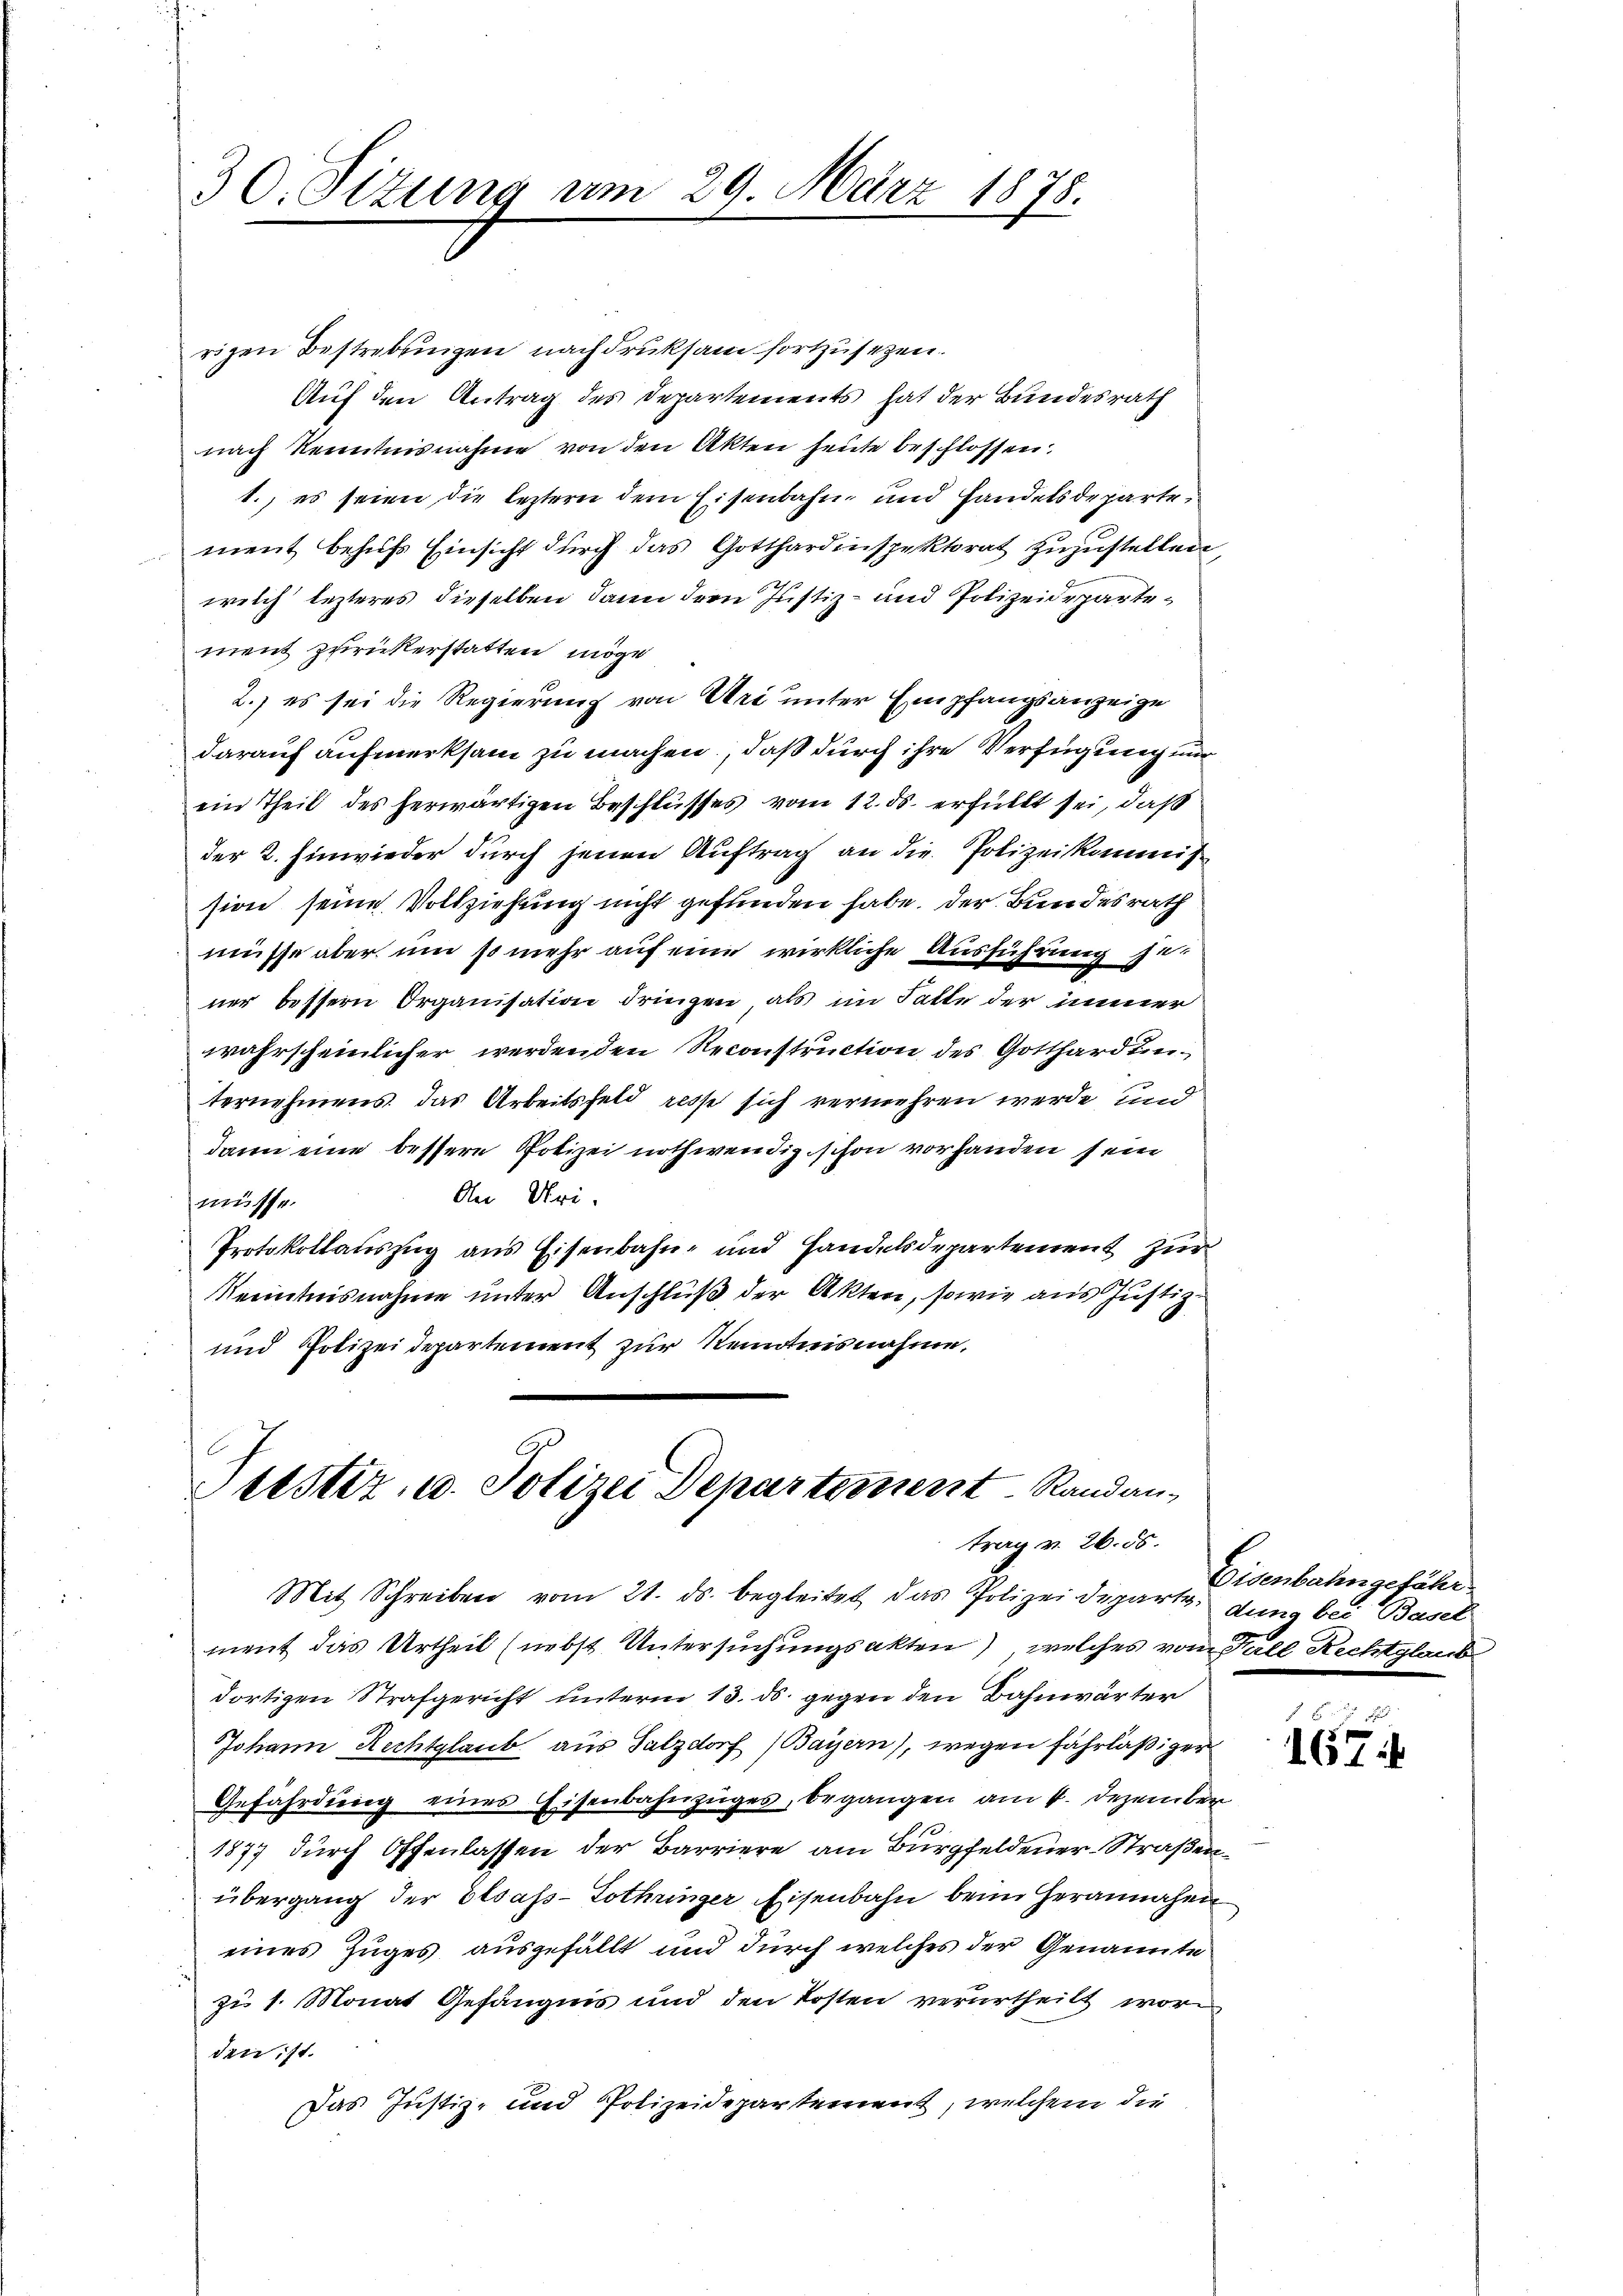
30. Sizung am 29. März 1878.

rigen Bestrebungen nachdruksam fortzusetzen.
Auf den Antrag des Departements hat der Bundesrath
nach Kenntnisnahme von den Akten heute beschlossen:
1., es seien die leztern dem Eisenbahn und Handelsdepartement behŭfs Einsicht dŭrch das Gotthardinspektorat zŭzŭstellen,
welch lezteres dieselben dann drei Justiz- und Polizeidepartement zurückerstatten möge
2.) es sei die Regierung von Uri unter Empfangsanzeige
darauf aufmerksam zu machen, daß durch ihre Verfügung nur
ein Theil des herwärtigen Beschlusses vom 12. ds. erfüllt sei, daß
der 2. Einwieder durch jenen Auftrag an die Polizeikommis
sion seine Vollziehung nicht gefunden habe. Der Bundesrath
müsse aber um so mehr auf eine wirkliche Ausführung je-
ner bessern Organisation dringen, als im Falle der immer
wahrscheinlicher werdenden Reconstruction des Gotthardtenternehmens das Arbeitsfeld resse sich vermehren werde, und
dann eine bessere Polizei nothwendig schon vorhanden sein
An Uri.
müsse.
Protokollauszug aus Eisenbahn- und Handelsdepartement zur
Kenntnisnahme unter Anschluß der Akten, sowie aus Justiz-
und Polizeidepartement zur Kenntnisnahme,

Prustiz- u. Polizei Departement Randantrag v. 26. 55.

Mit Schreiben vom 21. ds. begleitet das Polizeideparte de bei Basel
ment das Urtheil (nebst Untersuchungsakten), welches vom Fall Rechtglaub
dortigen Strafgericht unterm 13. ds. gegen den Bahnwärter
Johann Rechtglaub aus Salzdorf (Bayern), wegen fahrläßiger
Gefährdung eines Eisenbahnzuges, begangen am 1. Dezember
1877 durch Offenlassen der Barriere am Burgfeldener-Straßenübergang der Elsass-Lothringer Eisenbahn beim Herannahe
eines Zuges ausgefällt und durch welches der Genannte
zu 1. Monat Gefängnis und den Kosten verurtheilt worden ist.
Das Justiz- und Polizeidepartement, welchem die

Eisenbahngefähr

1674